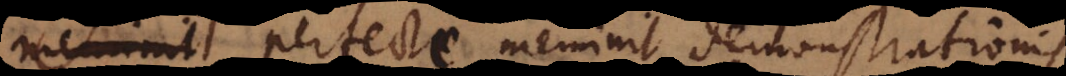
meminit perfecte meminit demonstrationis.